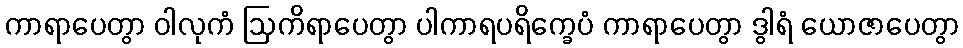
ကာရာပေတွာ ဝါလုကံ ဩကိရာပေတွာ ပါကာရပရိက္ခေပံ ကာရာပေတွာ ဒွါရံ ယောဇာပေတွာ